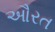
ઔરત